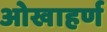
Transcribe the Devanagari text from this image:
ओखाहर्ण